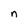
Character: n